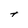
Character: t